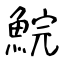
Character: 鯇